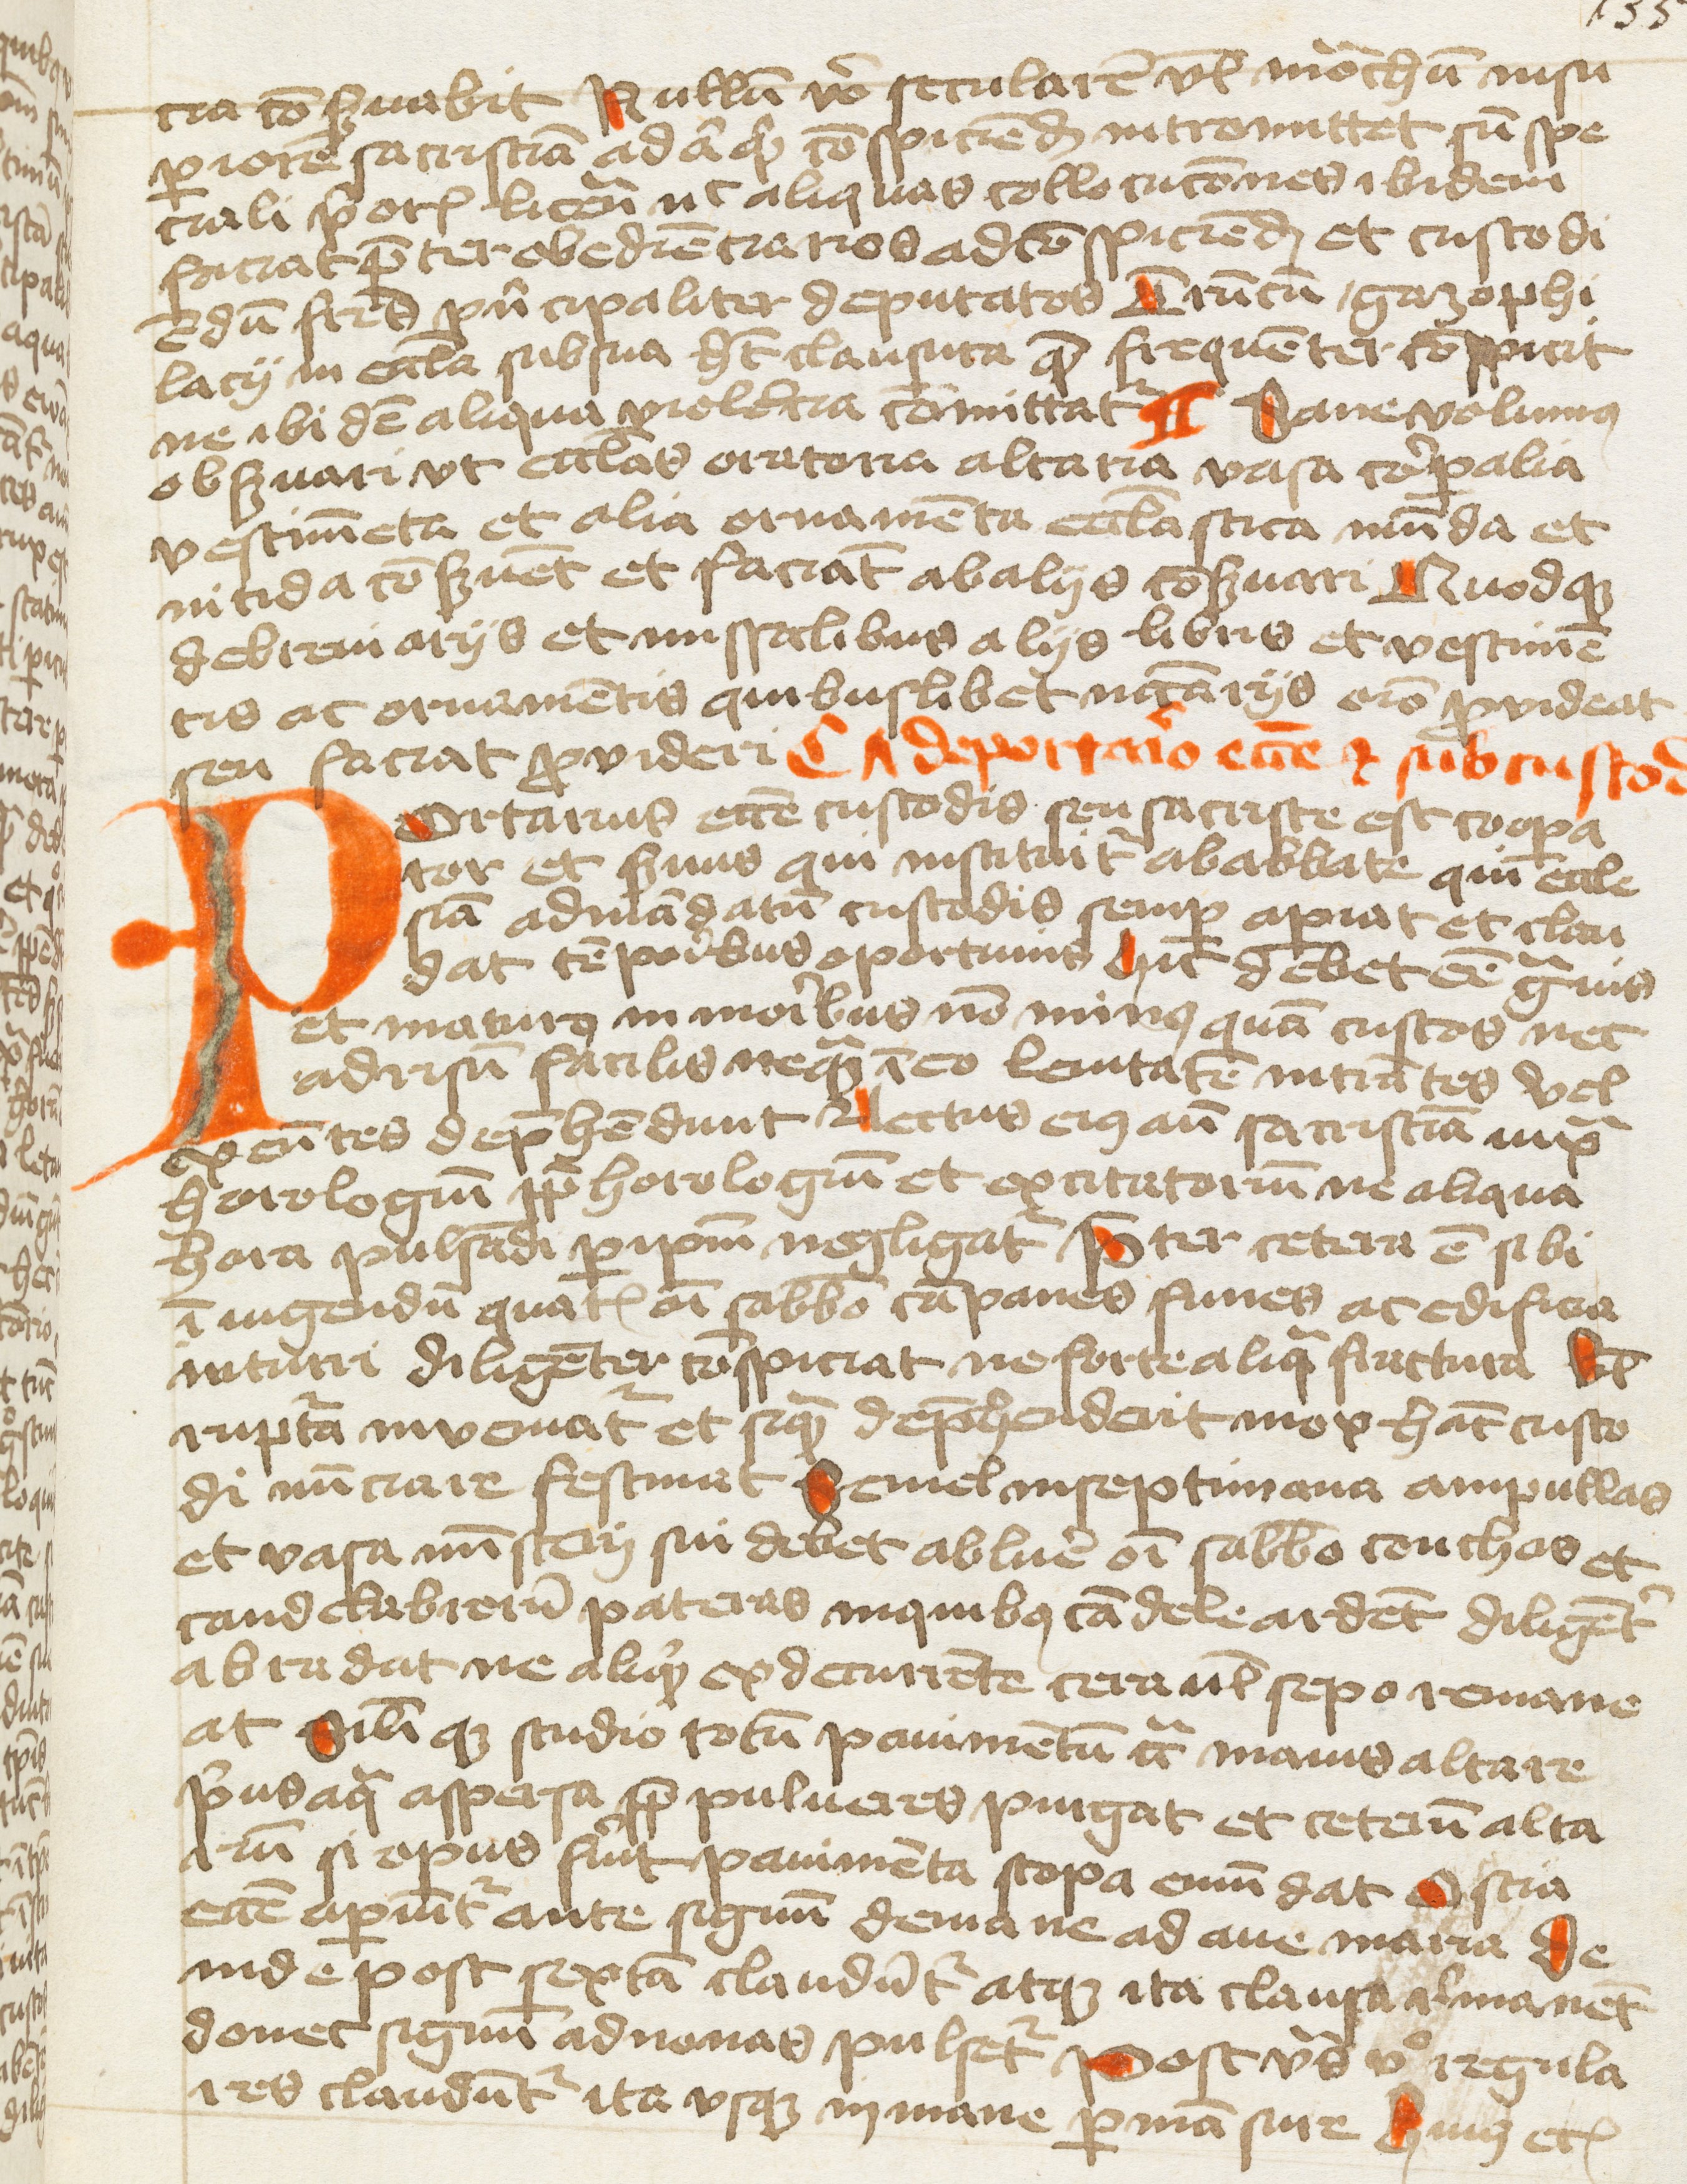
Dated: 1400–1499